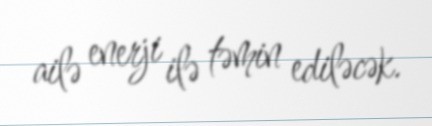
ailə enerji ilə təmin ediləcək.